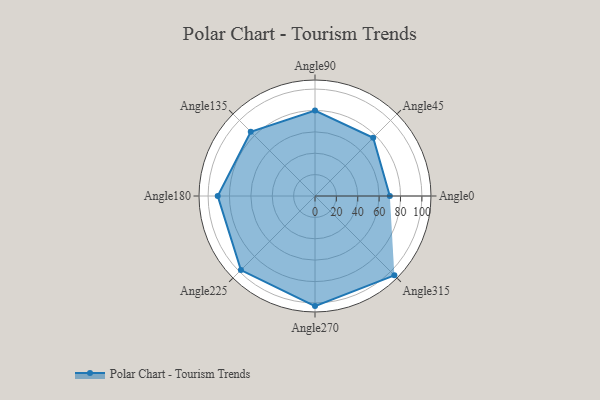
{"axis": {"x": "Angle", "y": "Radius"}, "legend": [""], "data": [{"x": "Angle0", "y": 70.0, "type": ""}, {"x": "Angle45", "y": 77.0, "type": ""}, {"x": "Angle90", "y": 80.0, "type": ""}, {"x": "Angle135", "y": 85.0, "type": ""}, {"x": "Angle180", "y": 91.0, "type": ""}, {"x": "Angle225", "y": 98.0, "type": ""}, {"x": "Angle270", "y": 103.0, "type": ""}, {"x": "Angle315", "y": 105.0, "type": ""}]}